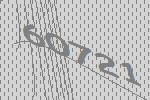
60721